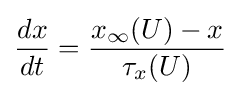
{dx \over dt}={x_{\infty }(U)-x \over \tau _{x}(U)}